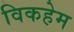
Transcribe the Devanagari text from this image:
विकहेम